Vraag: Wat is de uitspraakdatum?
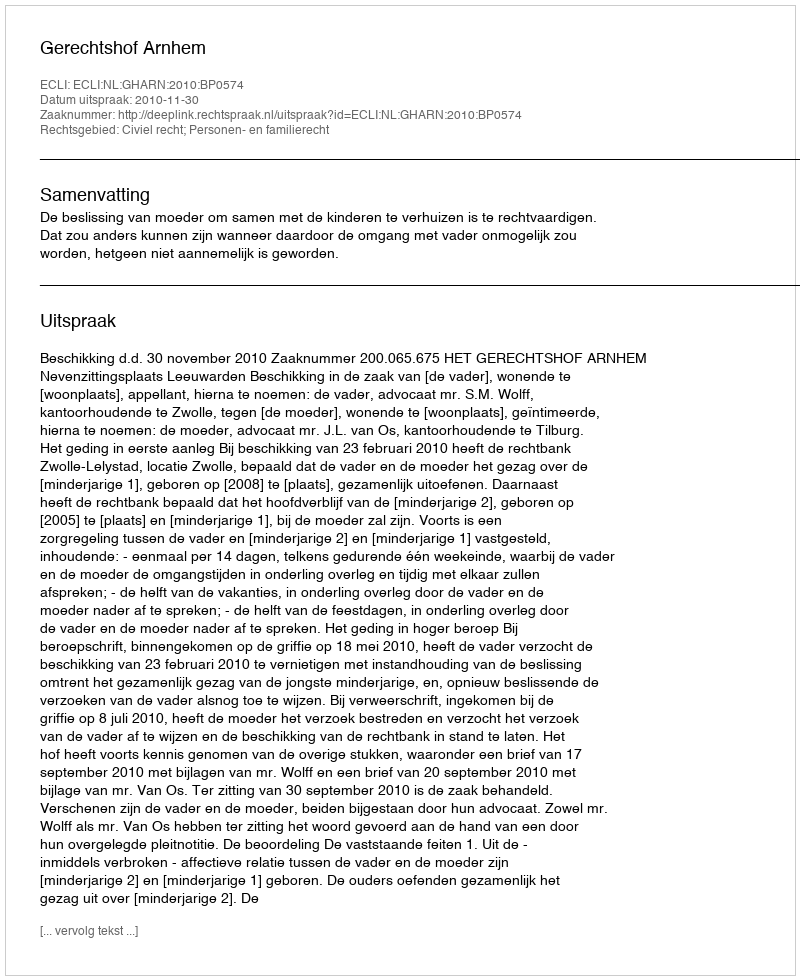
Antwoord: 2010-11-30